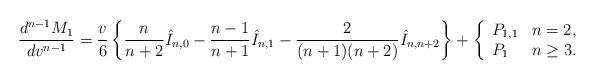
LaTeX: \begin{align*} \frac{d^{n-1}M_1}{dv^{n-1}}=\frac{v}{6}\left\{\frac{n}{n+2}\hat{I}_{n,0}-\frac{n-1}{n+1}\hat{I}_{n,1}-\frac{2}{(n+1)(n+2)}\hat{I}_{n,n+2}\right\}+\left\{ \begin{array}{ll} P_{1,1} & n=2,\\ P_1 & n\geq 3. \end{array}\right.\end{align*}